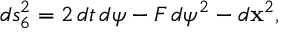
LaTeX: d s _ { 6 } ^ { 2 } = 2 \, d t \, d \psi - F \, d \psi ^ { 2 } - d { \bf x } ^ { 2 } ,